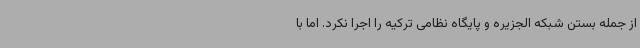
از جمله بستن شبکه الجزیره و پایگاه نظامی ترکیه را اجرا نکرد. اما با